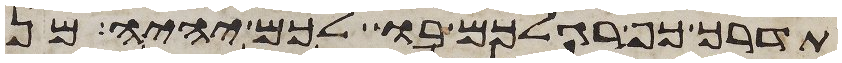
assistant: תדרך כף רגלכם בו לכם יהיה מן